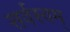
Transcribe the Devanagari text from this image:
सर्वस्वम्